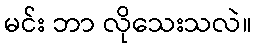
မင်း ဘာ လိုသေးသလဲ။